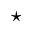
^ { \star }